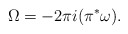
\begin{align*}\Omega=-2\pi i (\pi^*\omega).\end{align*}